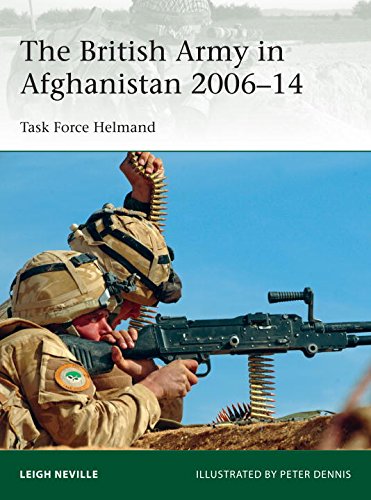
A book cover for The British Army in Afghanistan 2006-14: Task Force Helmand (Elite); Leigh Neville; Arts & Photography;